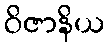
ဝိဇာနိယ